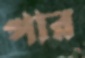
পার